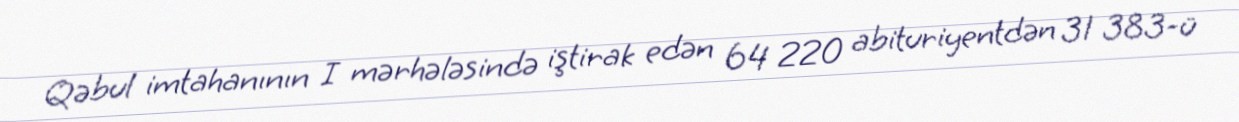
Qəbul imtahanının I mərhələsində iştirak edən 64 220 abituriyentdən 31 383-ü